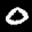
Label: 0